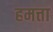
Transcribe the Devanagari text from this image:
हमत्ता